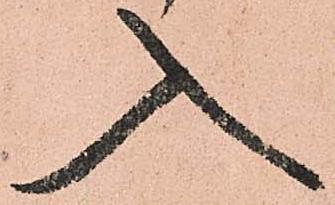
入